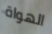
الهواة